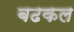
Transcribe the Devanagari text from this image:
बढकल